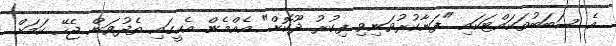
އެ ސަބަބުތަކައްޓަކައި "ފަނާކުރުވަނިވި ފިކުރު ދޫކޮށް" އެއްމެން އެކީގައި ތެދުވަން ޖެހޭ ކަމަށް